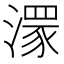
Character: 𣾞